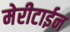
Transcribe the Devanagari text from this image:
मेरीटाईन